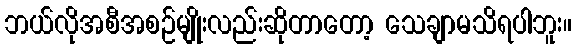
ဘယ်လိုအစီအစဉ်မျိုးလည်းဆိုတာတော့ သေချာမသိရပါဘူး။